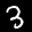
Label: 3